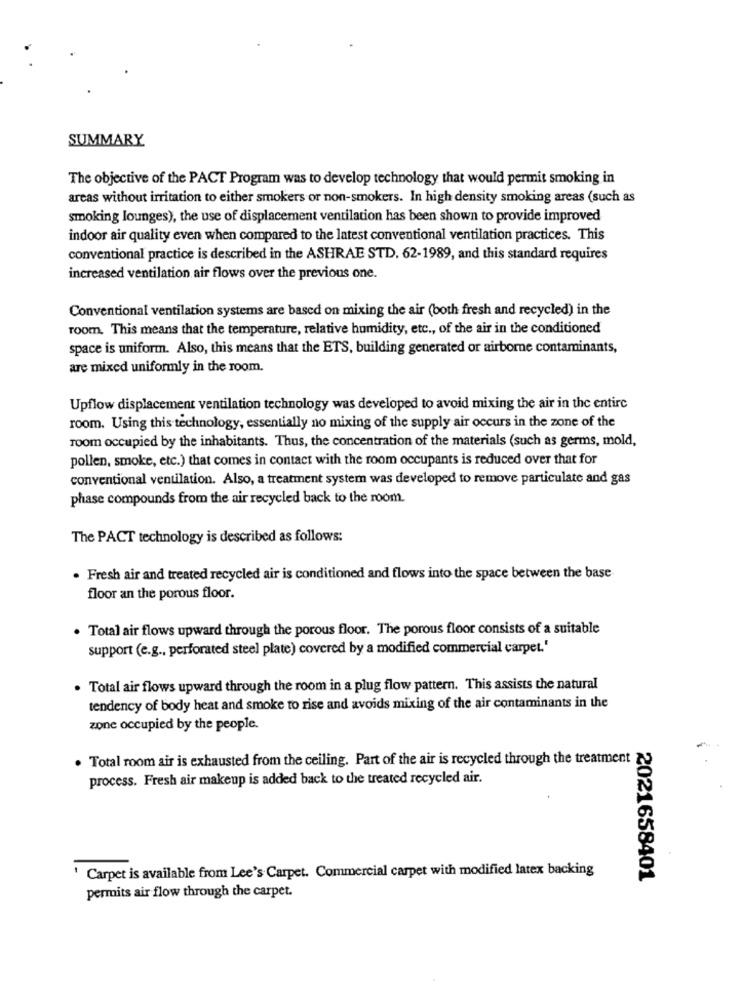
SUMMARY
The objective of the PACT Program was to develop technology that would permit smoking in
areas without irritation to either smokers or non-smokers. In high density smoking areas (such as
smoking lounges), the use of displacement ventilation has been shown to provide improved
indoor air quality even when compared to the latest conventional ventilation practices. This
conventional practice is described in the ASHRAE STD. 62-1989, and this standard requires
increased ventilation air flows over the previous one.
Conventional ventilation systems are based on mixing the air (both fresh and recycled) in the
room. This means that the temperature, relative humidity, etc ., of the air in the conditioned
space is uniform. Also, this means that the ETS, building generated or airborne contaminants,
are mixed uniformly in the room.
Upflow displacement ventilation technology was developed to avoid mixing the air in the entire
room. Using this technology, essentially no mixing of the supply air occurs in the zone of the
room occupied by the inhabitants. Thus, the concentration of the materials (such as germs, mold,
pollen, smoke, etc.) that comes in contact with the room occupants is reduced over that for
conventional ventilation. Also, a treatment system was developed to remove particulate and gas
phase compounds from the air recycled back to the room.
The PACT technology is described as follows:
. Fresh air and treated recycled air is conditioned and flows into the space between the base-
floor an the porous floor.
. Total air flows upward through the porous floor. The porous floor consists of a suitable
support (e.g ., perforated steel plate) covered by a modified commercial carpet.'
. Total air flows upward through the room in a plug flow pattern. This assists the natural
tendency of body heat and smoke to rise and avoids mixing of the air contaminants in the
zone occupied by the people.
. Total room air is exhausted from the ceiling. Part of the air is recycled through the treatment
process. Fresh air makeup is added back to the treated recycled air.
' Carpet is available from Lee's Carpet. Commercial carpet with modified latex backing
2021658401
permits air flow through the carpet.